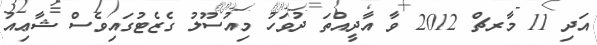
އަދި 11 މާރޗް 2012 ވާ އާދީއްތަ ދުވަހު މިއުސޫލު ގެޒެޓުގައިވެސް ޝާޢިއު